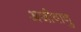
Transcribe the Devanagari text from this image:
अजीवाणु